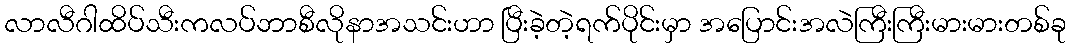
လာလီဂါထိပ်သီးကလပ်ဘာစီလိုနာအသင်းဟာ ပြီးခဲ့တဲ့ရက်ပိုင်းမှာ အပြောင်းအလဲကြီးကြီးမားမားတစ်ခု